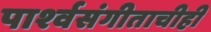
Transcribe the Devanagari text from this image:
पार्श्‍वसंगीताचीही